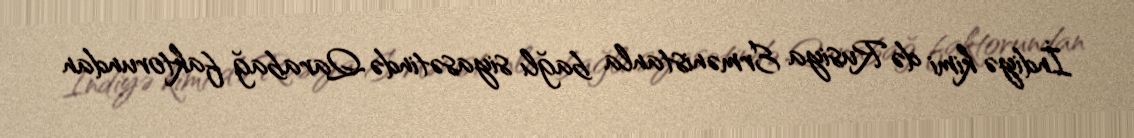
İndiyə kimi də Rusiya Ermənistanla bağlı siyasətində Qarabağ faktorundan